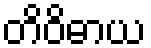
တိဝိဓာယ